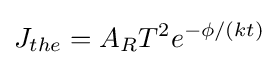
J_{the}=A_{R}T^{2}e^{-\phi /(kt)}